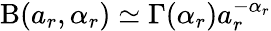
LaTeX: \mathrm{B}(a_{r},\alpha_{r})\simeq\Gamma(\alpha_{r})a_{r}^{-\alpha_{r}}